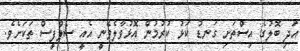
އަދި ބޮލުގެ އިސްތަށި ގަނޑު ކަޅު ކުރުމުން އޮޅުވާލެވޭނީ އެއީ ސެލްފީސް ތަކަށެވެ.